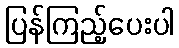
ပြန်ကြည့်ပေးပါ